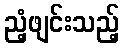
ညံ့ဖျင်းသည့်